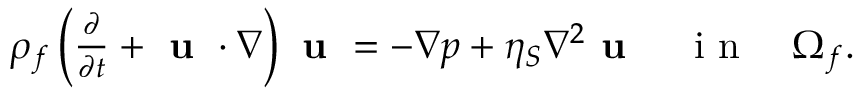
\begin{array} { r } { \rho _ { f } \left( \frac { \partial } { \partial t } + \textbf { u } \cdot \nabla \right) \textbf { u } = - \nabla p + \eta _ { S } \nabla ^ { 2 } \textbf { u } \quad \mathrm { ~ i ~ n ~ } \quad \Omega _ { f } . } \end{array}